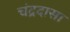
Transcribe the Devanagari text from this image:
चंद्रदासा